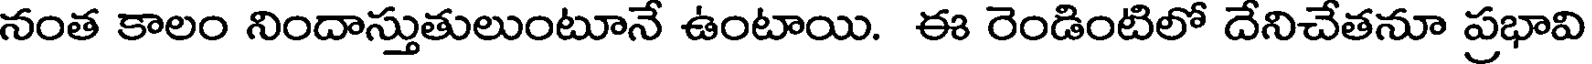
నంత కాలం నిందాస్తుతులుంటూనే ఉంటాయి. ఈ రెండింటిలో దేనిచేతనూ ప్రభావి